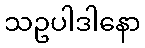
သဥပါဒါနော